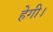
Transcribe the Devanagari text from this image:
हेगी।